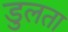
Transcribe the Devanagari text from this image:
डुलता